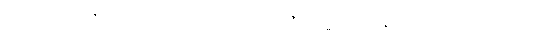
ဥတုစိတ္တသမုဋ္ဌာနာ။ အသိတာဒိပရိပါစကော တေဇော ကမ္မသမုဋ္ဌာနောဝ။ အဿာသပဿာသာ